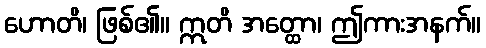
ဟောတိ၊ ဖြစ်၏။ ဣတိ အတ္ထော၊ ဤကားအနက်။